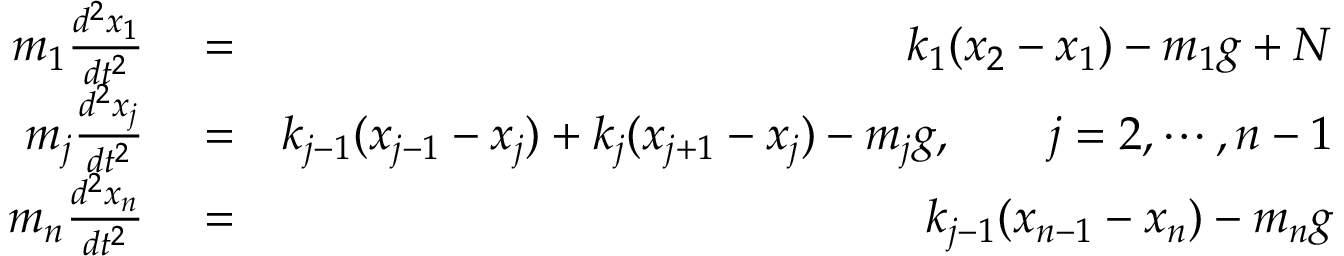
\begin{array} { r l r } { m _ { 1 } \frac { d ^ { 2 } x _ { 1 } } { d t ^ { 2 } } } & { { } = } & { k _ { 1 } ( x _ { 2 } - x _ { 1 } ) - m _ { 1 } g + N } \\ { m _ { j } \frac { d ^ { 2 } x _ { j } } { d t ^ { 2 } } } & { { } = } & { k _ { j - 1 } ( x _ { j - 1 } - x _ { j } ) + k _ { j } ( x _ { j + 1 } - x _ { j } ) - m _ { j } g , \qquad j = 2 , \cdots , n - 1 } \\ { m _ { n } \frac { d ^ { 2 } x _ { n } } { d t ^ { 2 } } } & { { } = } & { k _ { j - 1 } ( x _ { n - 1 } - x _ { n } ) - m _ { n } g } \end{array}